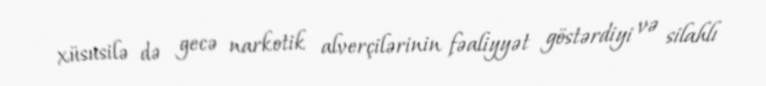
xüsusilə də gecə narkotik alverçilərinin fəaliyyət göstərdiyi və silahlı